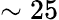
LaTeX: \sim 25